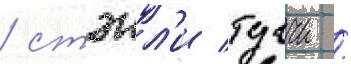
/ стэнл'и туччи /